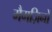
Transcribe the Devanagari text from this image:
मैगज़िनों